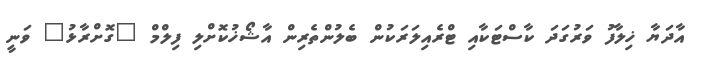
އާދަޔާ ޚިލާފު ވަރުގަދަ ކާސްޓަކާއި ޓްރެއިލަރަކުން ބެލުންތެރިން އާޝޯޚުކޮށްލި ފިލްމް "ގޮށްރާޅު" ވަނީ